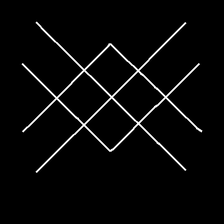
Glyph: crystal